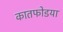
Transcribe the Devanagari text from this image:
कातफोडया